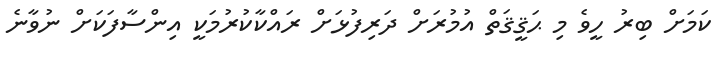
ކަމަށް ބިރު ހީވެ މި ޙަޤީޤަތް އުމުރަށް ދަރިފުޅަށް ރައްކާކުރުމަކީ އިންސާފަކަށް ނުވާނެ